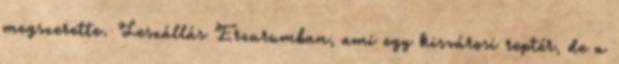
megszerette. Leszállás Erzurumban, ami egy kisvárosi reptér, de a